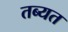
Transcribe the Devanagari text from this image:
तब्यत